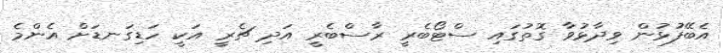
އެބޭފުޅުން ވިދާޅުވާ ގޮތުގައި ސްޓޯބެރީ ރާސްބެރީ އަދި ޗެރީ އަކީ ހަޑިގަނޑަށް އެންމެ